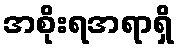
အစိုးရအရာရှိ